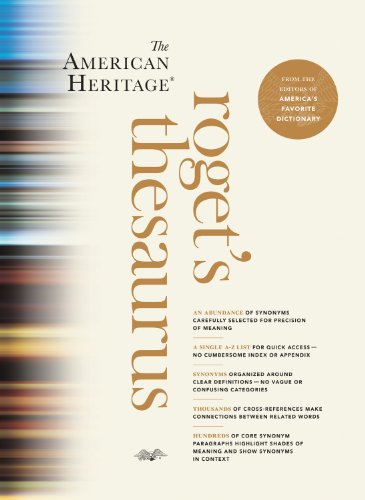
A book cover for The American Heritage Roget's Thesaurus; Editors of the American Heritage Dictionaries; Reference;